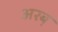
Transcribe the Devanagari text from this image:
अरब़